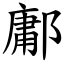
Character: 鄘